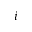
i